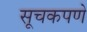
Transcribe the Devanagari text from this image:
सूचकपणे